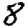
Digit: 8